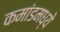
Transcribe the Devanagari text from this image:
कमांडमध्ये